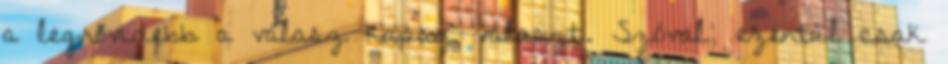
a legrövidebb a válasz kapsz választ. Szóval, ezentúl csak